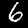
Label: 6